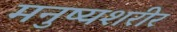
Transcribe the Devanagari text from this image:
मनुष्यशरीर